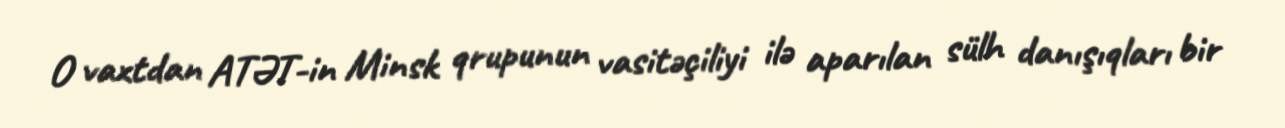
O vaxtdan ATƏT-in Minsk qrupunun vasitəçiliyi ilə aparılan sülh danışıqları bir